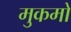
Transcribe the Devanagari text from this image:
मुकमो